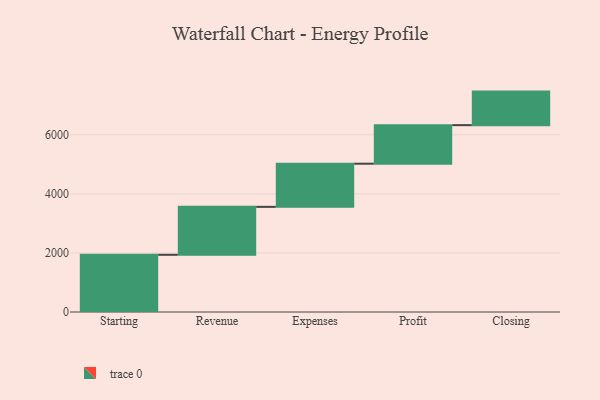
{"axis": {"x": "Step", "y": "Value"}, "legend": [""], "data": [{"x": "Starting", "y": 1937.0, "type": ""}, {"x": "Revenue", "y": 1623.0, "type": ""}, {"x": "Expenses", "y": 1461.0, "type": ""}, {"x": "Profit", "y": 1305.0, "type": ""}, {"x": "Closing", "y": 1136.0, "type": ""}]}